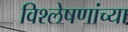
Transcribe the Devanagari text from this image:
विश्लेषणांच्या